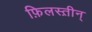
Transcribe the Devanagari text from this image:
फ़िलस्त़ीन्